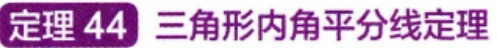
定理 44 三角形内角平分线定理